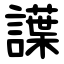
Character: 䜓